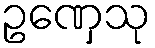
ဥဏှေသု